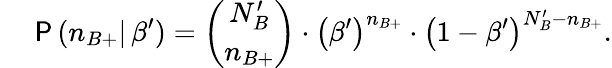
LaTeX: \quad\: \mathsf{P}\, (n_{B+}|\, \beta^{\prime})={\binom{N_{B}^{\prime}}{n_{B+}}}\cdot{\left(\beta^{\prime}\right)}^{n_{B+}}\cdot\left(1-\beta^{\prime}\right)^{N_{B}^{\prime}-n_{B+}}.